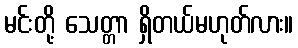
မင်းတို့ သေတ္တာ ရှိတယ်မဟုတ်လား။